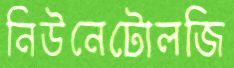
নিউনেটোলজি